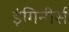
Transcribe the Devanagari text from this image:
इंगिनीर्स